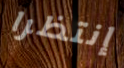
إنتظرا